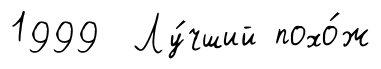
1999 Лу́чший похо́ж